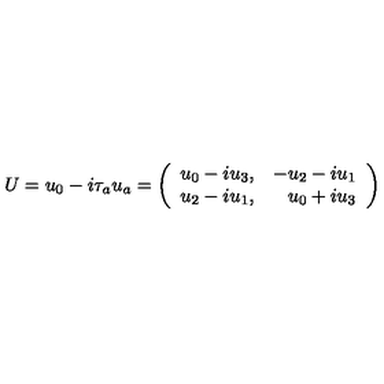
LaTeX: U = u _ { 0 } - i \tau _ { a } u _ { a } = \left( \begin{array} { r r } { u _ { 0 } - i u _ { 3 } , } & { - u _ { 2 } - i u _ { 1 } } \\ { u _ { 2 } - i u _ { 1 } , } & { u _ { 0 } + i u _ { 3 } } \\ \end{array} \right)